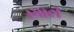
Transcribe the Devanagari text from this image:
।भाटी